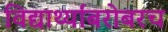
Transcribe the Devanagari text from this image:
विद्यार्थ्यांबरोबरच